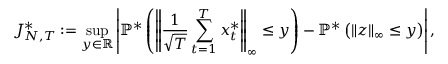
{ J _ { N , T } ^ { * } } : = \operatorname* { s u p } _ { y \in \mathbb { R } } \left\lvert \mathbb { P } ^ { * } \left( \left\lVert \frac { 1 } { \sqrt { T } } \sum _ { t = 1 } ^ { T } \boldsymbol { x } _ { t } ^ { * } \right\rVert _ { \infty } \leq y \right) - \mathbb { P } ^ { * } \left( \left\lVert \boldsymbol { z } \right\rVert _ { \infty } \leq y \right) \right\rvert ,